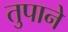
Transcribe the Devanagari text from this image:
तुपाने